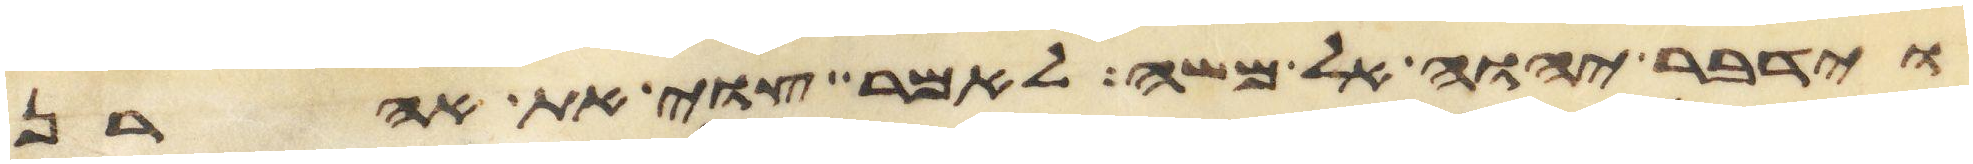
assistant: וידבר יהוה אל משה לאמר צוי את אהרן